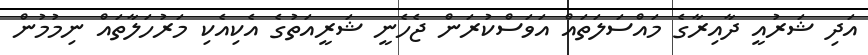
އަދި ޝަރުއީ ދާއިރާގެ މައްސަލަތައް އަވަސްކުރަން ޖެހެނީ ޝަރީއަތުގެ އެކިއެކި މަރުހަލާތައް ނިމުމުން